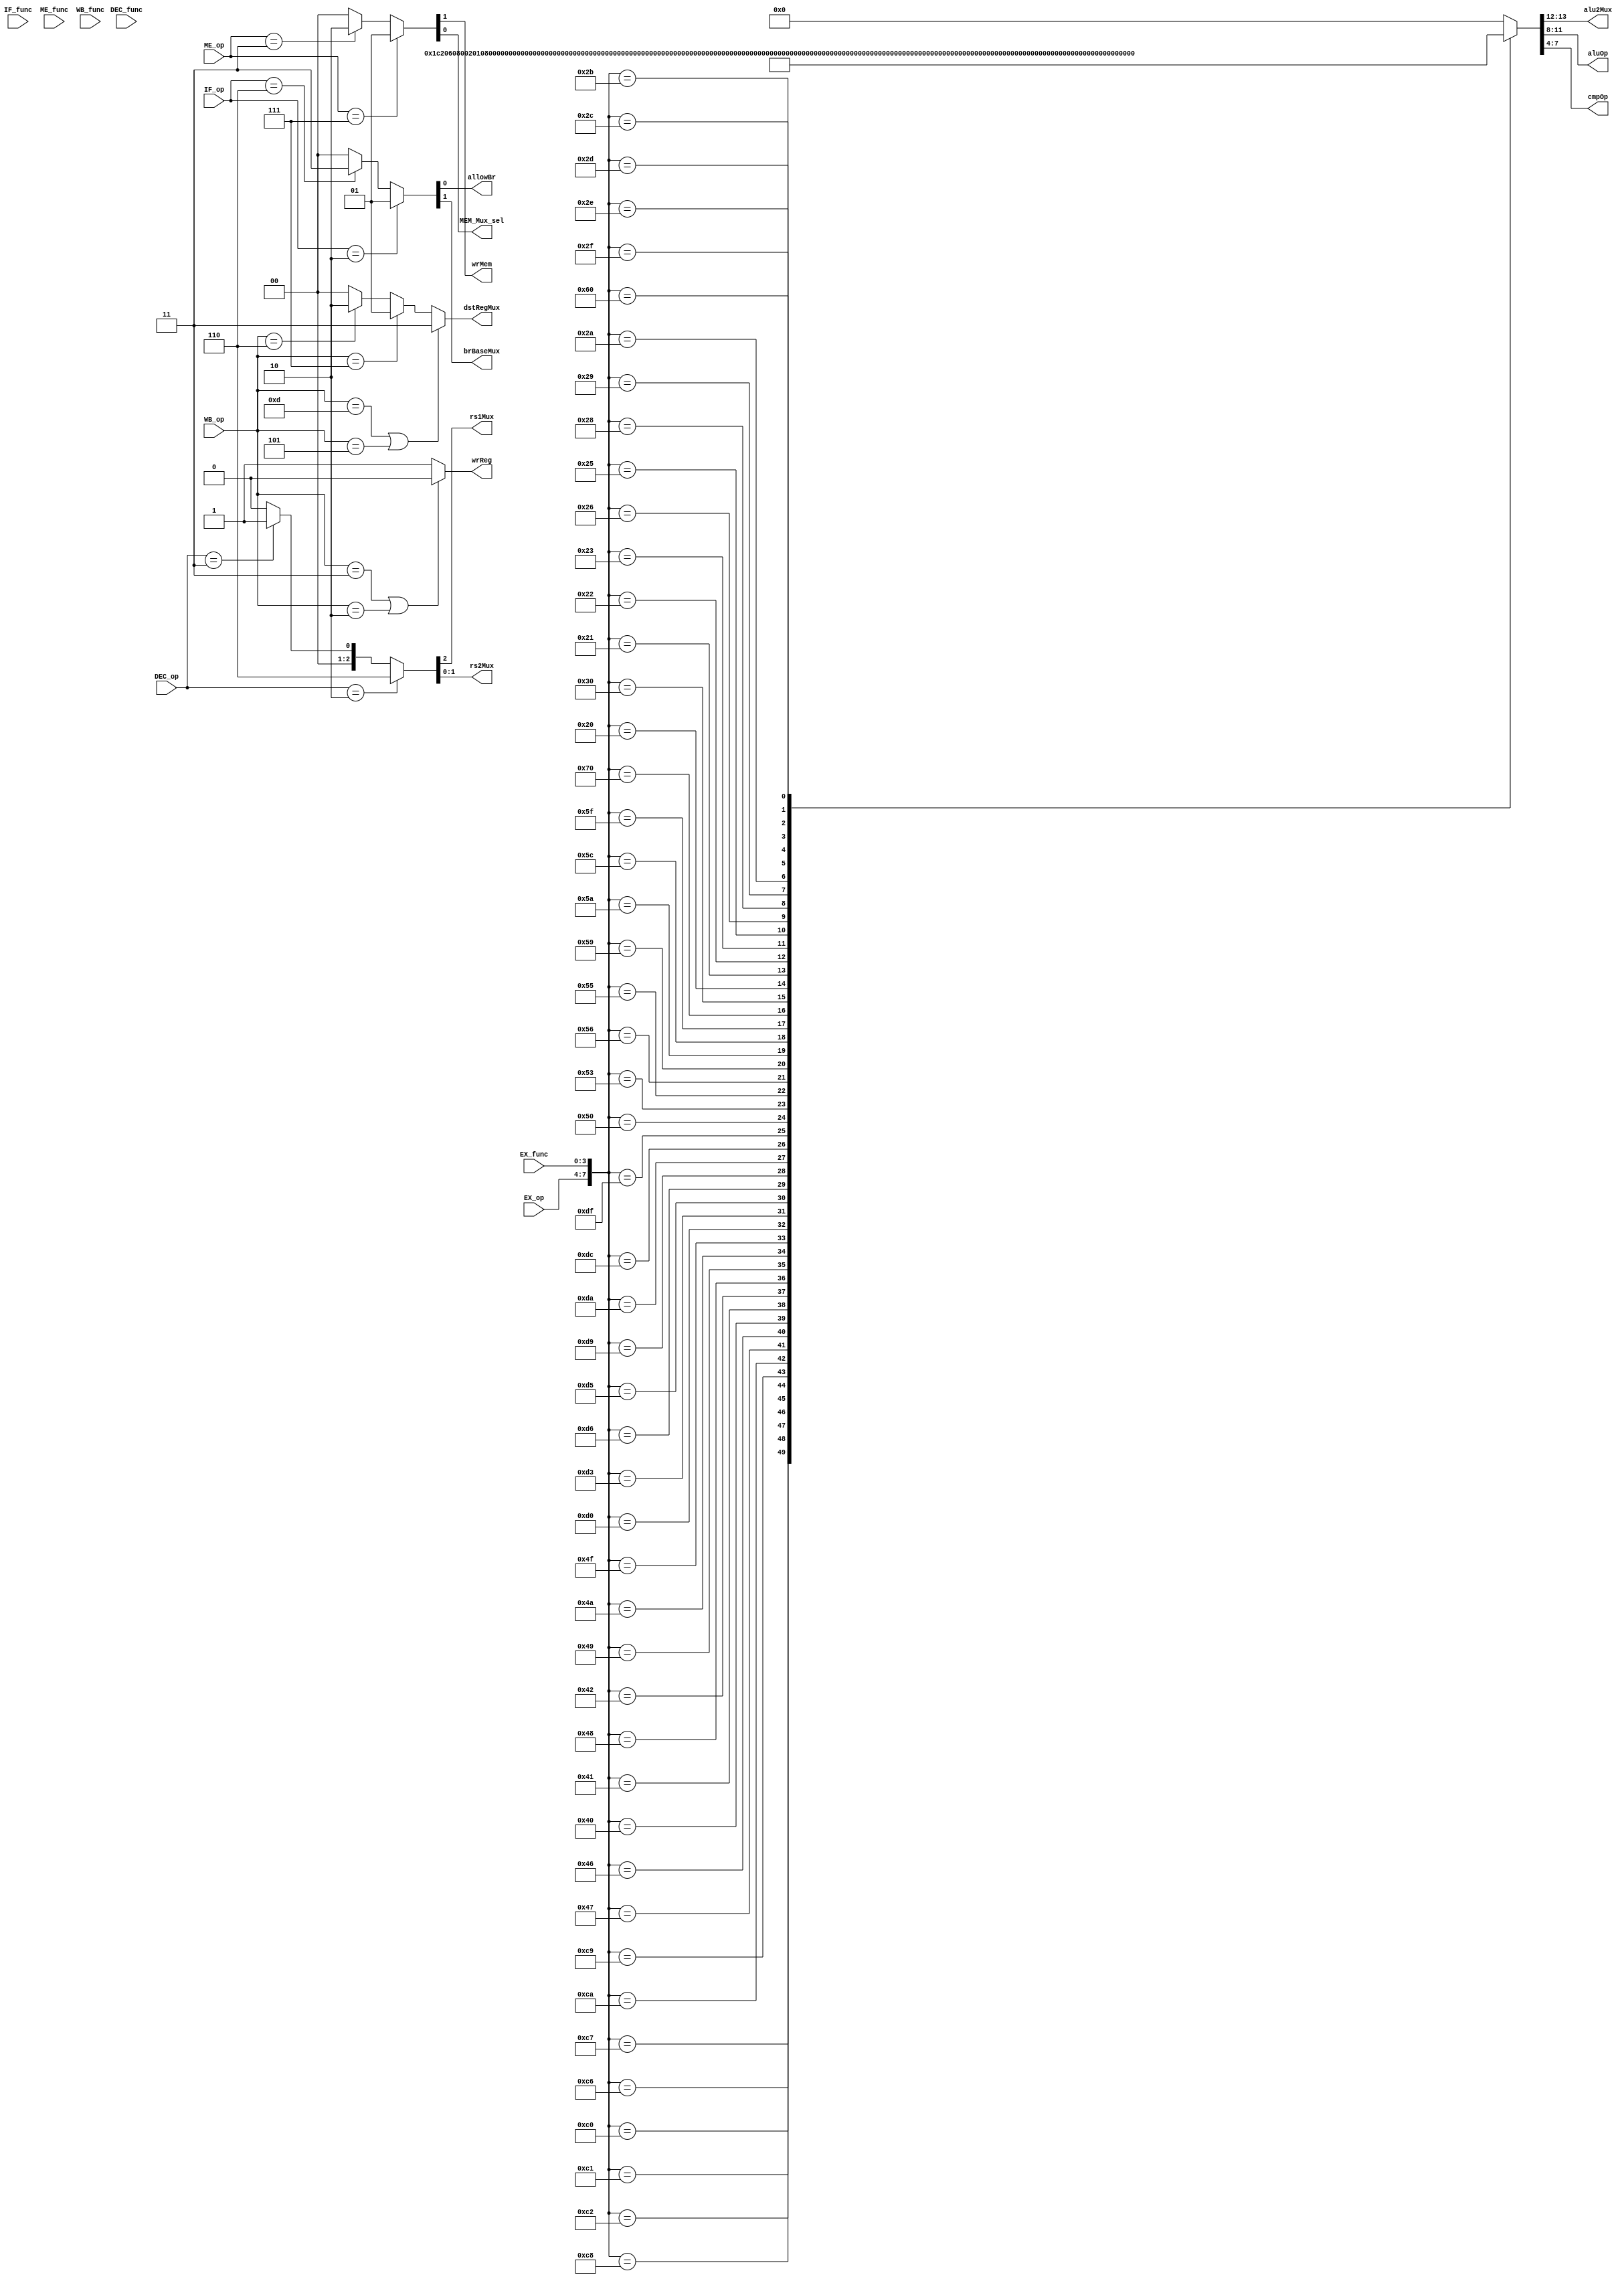
//Pipeline Controller skeleton
//TODOS:
//add logic, add outputs needed that were added to Project2.v for the pipeline processor
//opcodes
`define ALUR 4'b1100
`define ALUI 4'b0100
`define LWOP 4'b0111
`define SWOP 4'b0011
`define CMPR 4'b1101
`define CMPI 4'b0101
`define BRANCH 4'b0010
`define JAL 4'b0110

//functions
`define ADD 4'b0111
`define SUB 4'b0110
`define AND 4'b0000
`define OR 4'b0001
`define XOR 4'b0010
`define NAND 4'b1000
`define NOR 4'b1001
`define XNOR 4'b1010
`define MVHI 4'b1111
`define LWSW 4'b0000
`define F 4'b0011
`define  EQ 4'b0110
`define LT 4'b1001
`define LTE 4'b1100
`define T 4'b0000
`define NE 4'b0101
`define GTE 4'b1010
`define GT 4'b1111

//UNIQUE BRANCH
`define BEQZ 4'b0010
`define BLTZ 4'b1101
`define BLTEZ 4'b1000
`define BGT 4'b1011
`define BNEZ 4'b0001
`define BGTEZ 4'b1110
`define BGTZ 4'b1111

module PipelineController(IF_op, IF_func, DEC_op, DEC_func,
								  EX_op, EX_func, ME_op, ME_func, WB_op, WB_func, 
								  allowBr, brBaseMux, rs1Mux, rs2Mux, alu2Mux, 
								  aluOp, cmpOp, wrReg, wrMem, dstRegMux, MEM_Mux_sel);
								  
	input [3:0] IF_op, DEC_op, EX_op, ME_op, WB_op;
	input [3:0] IF_func, DEC_func, EX_func, ME_func, WB_func;
	
	output allowBr;
   output brBaseMux;
   output rs1Mux;
   output [1:0] rs2Mux;
   output [1:0] alu2Mux;
   output [3:0] aluOp;
   output [3:0] cmpOp;
   output wrReg;
   output wrMem;
   output [1:0] dstRegMux;
	output MEM_Mux_sel;
	
   reg [1:0] IF_output;
	assign allowBr = IF_output[0];
	assign brBaseMux = IF_output[1];
	always @ (IF_op) begin
		//allowBr
		if (IF_op == `BRANCH) begin
			IF_output <= 2'b0_1;
		end
		//allowBr and brBaseMux
		else if (IF_op == `JAL) begin
			IF_output <= 2'b1_1;
		end
		else begin
			IF_output <= 2'b0_0;
		end
	end
	
	reg [2:0] DEC_output;
	assign rs1Mux = DEC_output[2];
	assign rs2Mux = DEC_output[1:0];
	always @ (DEC_op) begin
		if (DEC_op == `BRANCH) begin
			DEC_output <= 3'b1_10;
		end
		else if (DEC_op == `SWOP) begin
			DEC_output <= 3'b0_01;
		end
		else begin
			DEC_output <= 3'b0_00;
		end
	end	
	
//	assign alu2Mux = EX_output[9:8];
//	assign aluOp = EX_output[7:4];
//	assign cmpOp = EX_output[3:0];
	reg [18:0] EX_output;

   assign alu2Mux = EX_output[13:12];
   assign aluOp = EX_output[11:8];
   assign cmpOp = EX_output[7:4];
	wire[7:0] EX_inputSignals;
   assign EX_inputSignals = {{EX_op}, {EX_func}};
	always @ (EX_inputSignals) begin
      case (EX_inputSignals)
        8'b11000111: EX_output = 19'b0_0_0_00_00_0111_0000_1_0_00;
        8'b11000110: EX_output = 19'b0_0_0_00_00_0110_0000_1_0_00;
        8'b11000000: EX_output = 19'b0_0_0_00_00_0000_0000_1_0_00;
        8'b11000001: EX_output = 19'b0_0_0_00_00_0001_0000_1_0_00;
        8'b11000010: EX_output = 19'b0_0_0_00_00_0010_0000_1_0_00;
        8'b11001000: EX_output = 19'b0_0_0_00_00_1000_0000_1_0_00;
        8'b11001001: EX_output = 19'b0_0_0_00_00_1001_0000_1_0_00;
        8'b11001010: EX_output = 19'b0_0_0_00_00_1010_0000_1_0_00;
        8'b01000111: EX_output = 19'b0_0_0_00_01_0111_0000_1_0_00;
        8'b01000110: EX_output = 19'b0_0_0_00_01_0110_0000_1_0_00;
        8'b01000000: EX_output = 19'b0_0_0_00_01_0000_0000_1_0_00;
        8'b01000001: EX_output = 19'b0_0_0_00_01_0001_0000_1_0_00;
        8'b01000010: EX_output = 19'b0_0_0_00_01_0010_0000_1_0_00;
        8'b01001000: EX_output = 19'b0_0_0_00_01_1000_0000_1_0_00;
        8'b01001001: EX_output = 19'b0_0_0_00_01_1001_0000_1_0_00;
        8'b01001010: EX_output = 19'b0_0_0_00_01_1010_0000_1_0_00;
        8'b01001111: EX_output = 19'b0_0_0_00_01_1111_0000_1_0_00;
        8'b11010000: EX_output = 19'b0_0_0_00_00_0110_0000_1_0_11;
        8'b11010011: EX_output = 19'b0_0_0_00_00_0110_0011_1_0_11;
        8'b11010101: EX_output = 19'b0_0_0_00_00_0110_0101_1_0_11;
        8'b11010110: EX_output = 19'b0_0_0_00_00_0110_0110_1_0_11;
        8'b11011001: EX_output = 19'b0_0_0_00_00_0110_1001_1_0_11;
        8'b11011010: EX_output = 19'b0_0_0_00_00_0110_1010_1_0_11;
        8'b11011100: EX_output = 19'b0_0_0_00_00_0110_1100_1_0_11;
        8'b11011111: EX_output = 19'b0_0_0_00_00_0110_1111_1_0_11;
        8'b01010000: EX_output = 19'b0_0_0_00_01_0110_0000_1_0_11;
        8'b01010011: EX_output = 19'b0_0_0_00_01_0110_0011_1_0_11;
        8'b01010101: EX_output = 19'b0_0_0_00_01_0110_0101_1_0_11;
        8'b01010110: EX_output = 19'b0_0_0_00_01_0110_0110_1_0_11;
        8'b01011001: EX_output = 19'b0_0_0_00_01_0110_1001_1_0_11;
        8'b01011010: EX_output = 19'b0_0_0_00_01_0110_1010_1_0_11;
        8'b01011100: EX_output = 19'b0_0_0_00_01_0110_1100_1_0_11;
        8'b01011111: EX_output = 19'b0_0_0_00_01_0110_1111_1_0_11;
        8'b01110000: EX_output = 19'b0_0_0_00_01_0111_0000_1_0_01;
        8'b00110000: EX_output = 19'b0_0_0_01_01_0111_0000_0_1_00;
        8'b00100000: EX_output = 19'b1_0_1_10_00_0110_0000_0_0_00;
        8'b00100001: EX_output = 19'b1_0_1_10_10_0110_0101_0_0_00;
        8'b00100010: EX_output = 19'b1_0_1_10_10_0110_0110_0_0_00;
        8'b00100011: EX_output = 19'b1_0_1_10_00_0110_0011_0_0_00;
        8'b00100101: EX_output = 19'b1_0_1_10_00_0110_0101_0_0_00;
        8'b00100110: EX_output = 19'b1_0_1_10_00_0110_0110_0_0_00;
        8'b00101000: EX_output = 19'b1_0_1_10_10_0110_1100_0_0_00;
        8'b00101001: EX_output = 19'b1_0_1_10_00_0110_1001_0_0_00;
        8'b00101010: EX_output = 19'b1_0_1_10_00_0110_1010_0_0_00;
        8'b00101011: EX_output = 19'b1_0_1_10_00_0110_1111_0_0_00;
        8'b00101100: EX_output = 19'b1_0_1_10_11_0110_1100_0_0_00;
        8'b00101101: EX_output = 19'b1_0_1_10_10_0110_1001_0_0_00;
        8'b00101110: EX_output = 19'b1_0_1_10_10_0110_1010_0_0_00;
        8'b00101111: EX_output = 19'b1_0_1_10_10_0110_1111_0_0_00;
        8'b01100000: EX_output = 19'b1_1_0_00_00_0000_0000_1_0_10;
        default: EX_output = 19'b0_0_00_00_0000_0000_0_0_00;
      endcase // case (inputSignals)
   end
	
	//TODO
	
	
//	always @ (EX_func, EX_op) begin
//		//alu2Mux
//		if EX_op == `ALUI || EX_op == `CMPI || EX_op == `LWOP || EX_op == `SWOP begin
//			EX_output[9:8] <= 2'b01;
//		end
//		else if EX_op == `BRANCH && (EX_func == `BNEZ || EX_func == `BEQZ || EX_func == `BLTEZ || EX_func == `BLTZ || EX_func == `BGTEZ || EX_func == `BGTZ) begin
//			EX_output[9:8] <= 2'b10;
//		end
//		else if EX_op == `BRANCH && EX_func == `LTE begin
//			EX_output[9:8] <= 2'b11;
//		end
//		else begin
//			EX_output[9:8] <= 2'b00;
//		end
//		//aluOp
//		if (EX_op == `ALUR || EX_op == `ALUI) begin
//			EX_output[7:4] <= EX_func;
//		end
//		else if (EX_op == `LWOP || EX_op == `SWOP) begin
//			EX_output[7:4] <= 4'b0111;
//		end
//		else if (EX_op == `JAL) begin
//			EX_output[7:4] <= 4'b0000;
//		end
//		else begin
//			EX_output[7:4] <= 4'b0110;
//		end
//		
//	end
	
	reg [1:0] MEM_output;
	assign wrMem = MEM_output[1];
	assign MEM_Mux_sel = MEM_output[0];
	always @ (ME_op) begin
		if (ME_op == `LWOP) begin
			MEM_output <= 2'b01;
		end
		else if (ME_op == `SWOP) begin
			MEM_output <= 2'b10;
		end
		else begin
			MEM_output <= 2'b00;
		end
	end

	wire [7:0] WB_input;
	reg [2:0] WB_output;
	assign wrReg = WB_output[2];
	assign dstRegMux = WB_output[1:0];
	always @ (WB_op) begin
		if (WB_op == `SWOP || WB_op == `BRANCH) begin
			WB_output[2] <= 1'b0;
		end
		else begin
			WB_output[2] <= 1'b1;
		end
		if (WB_op == `CMPR || WB_op == `CMPI) begin
			WB_output[1:0] <= 2'b11;
		end
		else if (WB_op == `LWOP) begin
			WB_output[1:0] <= 2'b01;
		end
		else if (WB_op == `JAL) begin
			WB_output[1:0] <= 2'b10;
		end
		else begin
			WB_output[1:0] <= 2'b00;
		end
	end
								  
endmodule